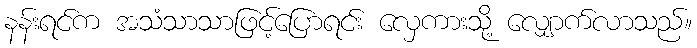
နန်းရင်က အသံသာသာဖြင့်ပြောရင်း လှေကားသို့ လျှောက်လာသည်။